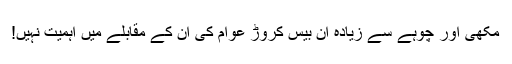
مکھی اور چوہے سے زیادہ ان بیس کروڑ عوام کی ان کے مقابلے میں اہمیت نہیں!